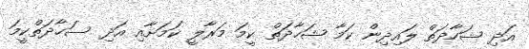
އަދި ޝަހާދަތް ލައިދިން ކަމާ ޝަހާދަތް ކީމަ މަރާލީ ކަމަށާއި އަދި ސަހާދަތްކީމަ